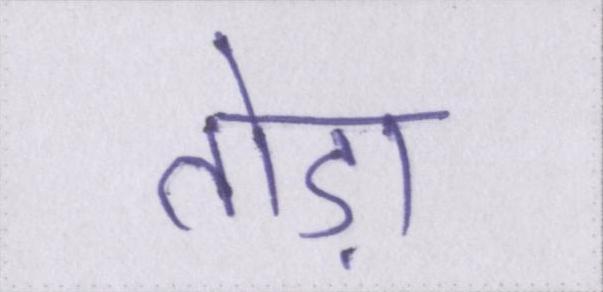
तोड़ा